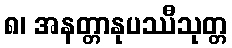
၈၊ အနတ္တာနုပဿီသုတ္တ